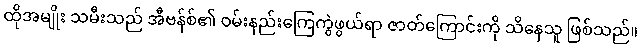
ထိုအမျိုး သမီးသည် အီဗန်စ်၏ ဝမ်းနည်းကြေကွဲဖွယ်ရာ ဇာတ်ကြောင်းကို သိနေသူ ဖြစ်သည်။